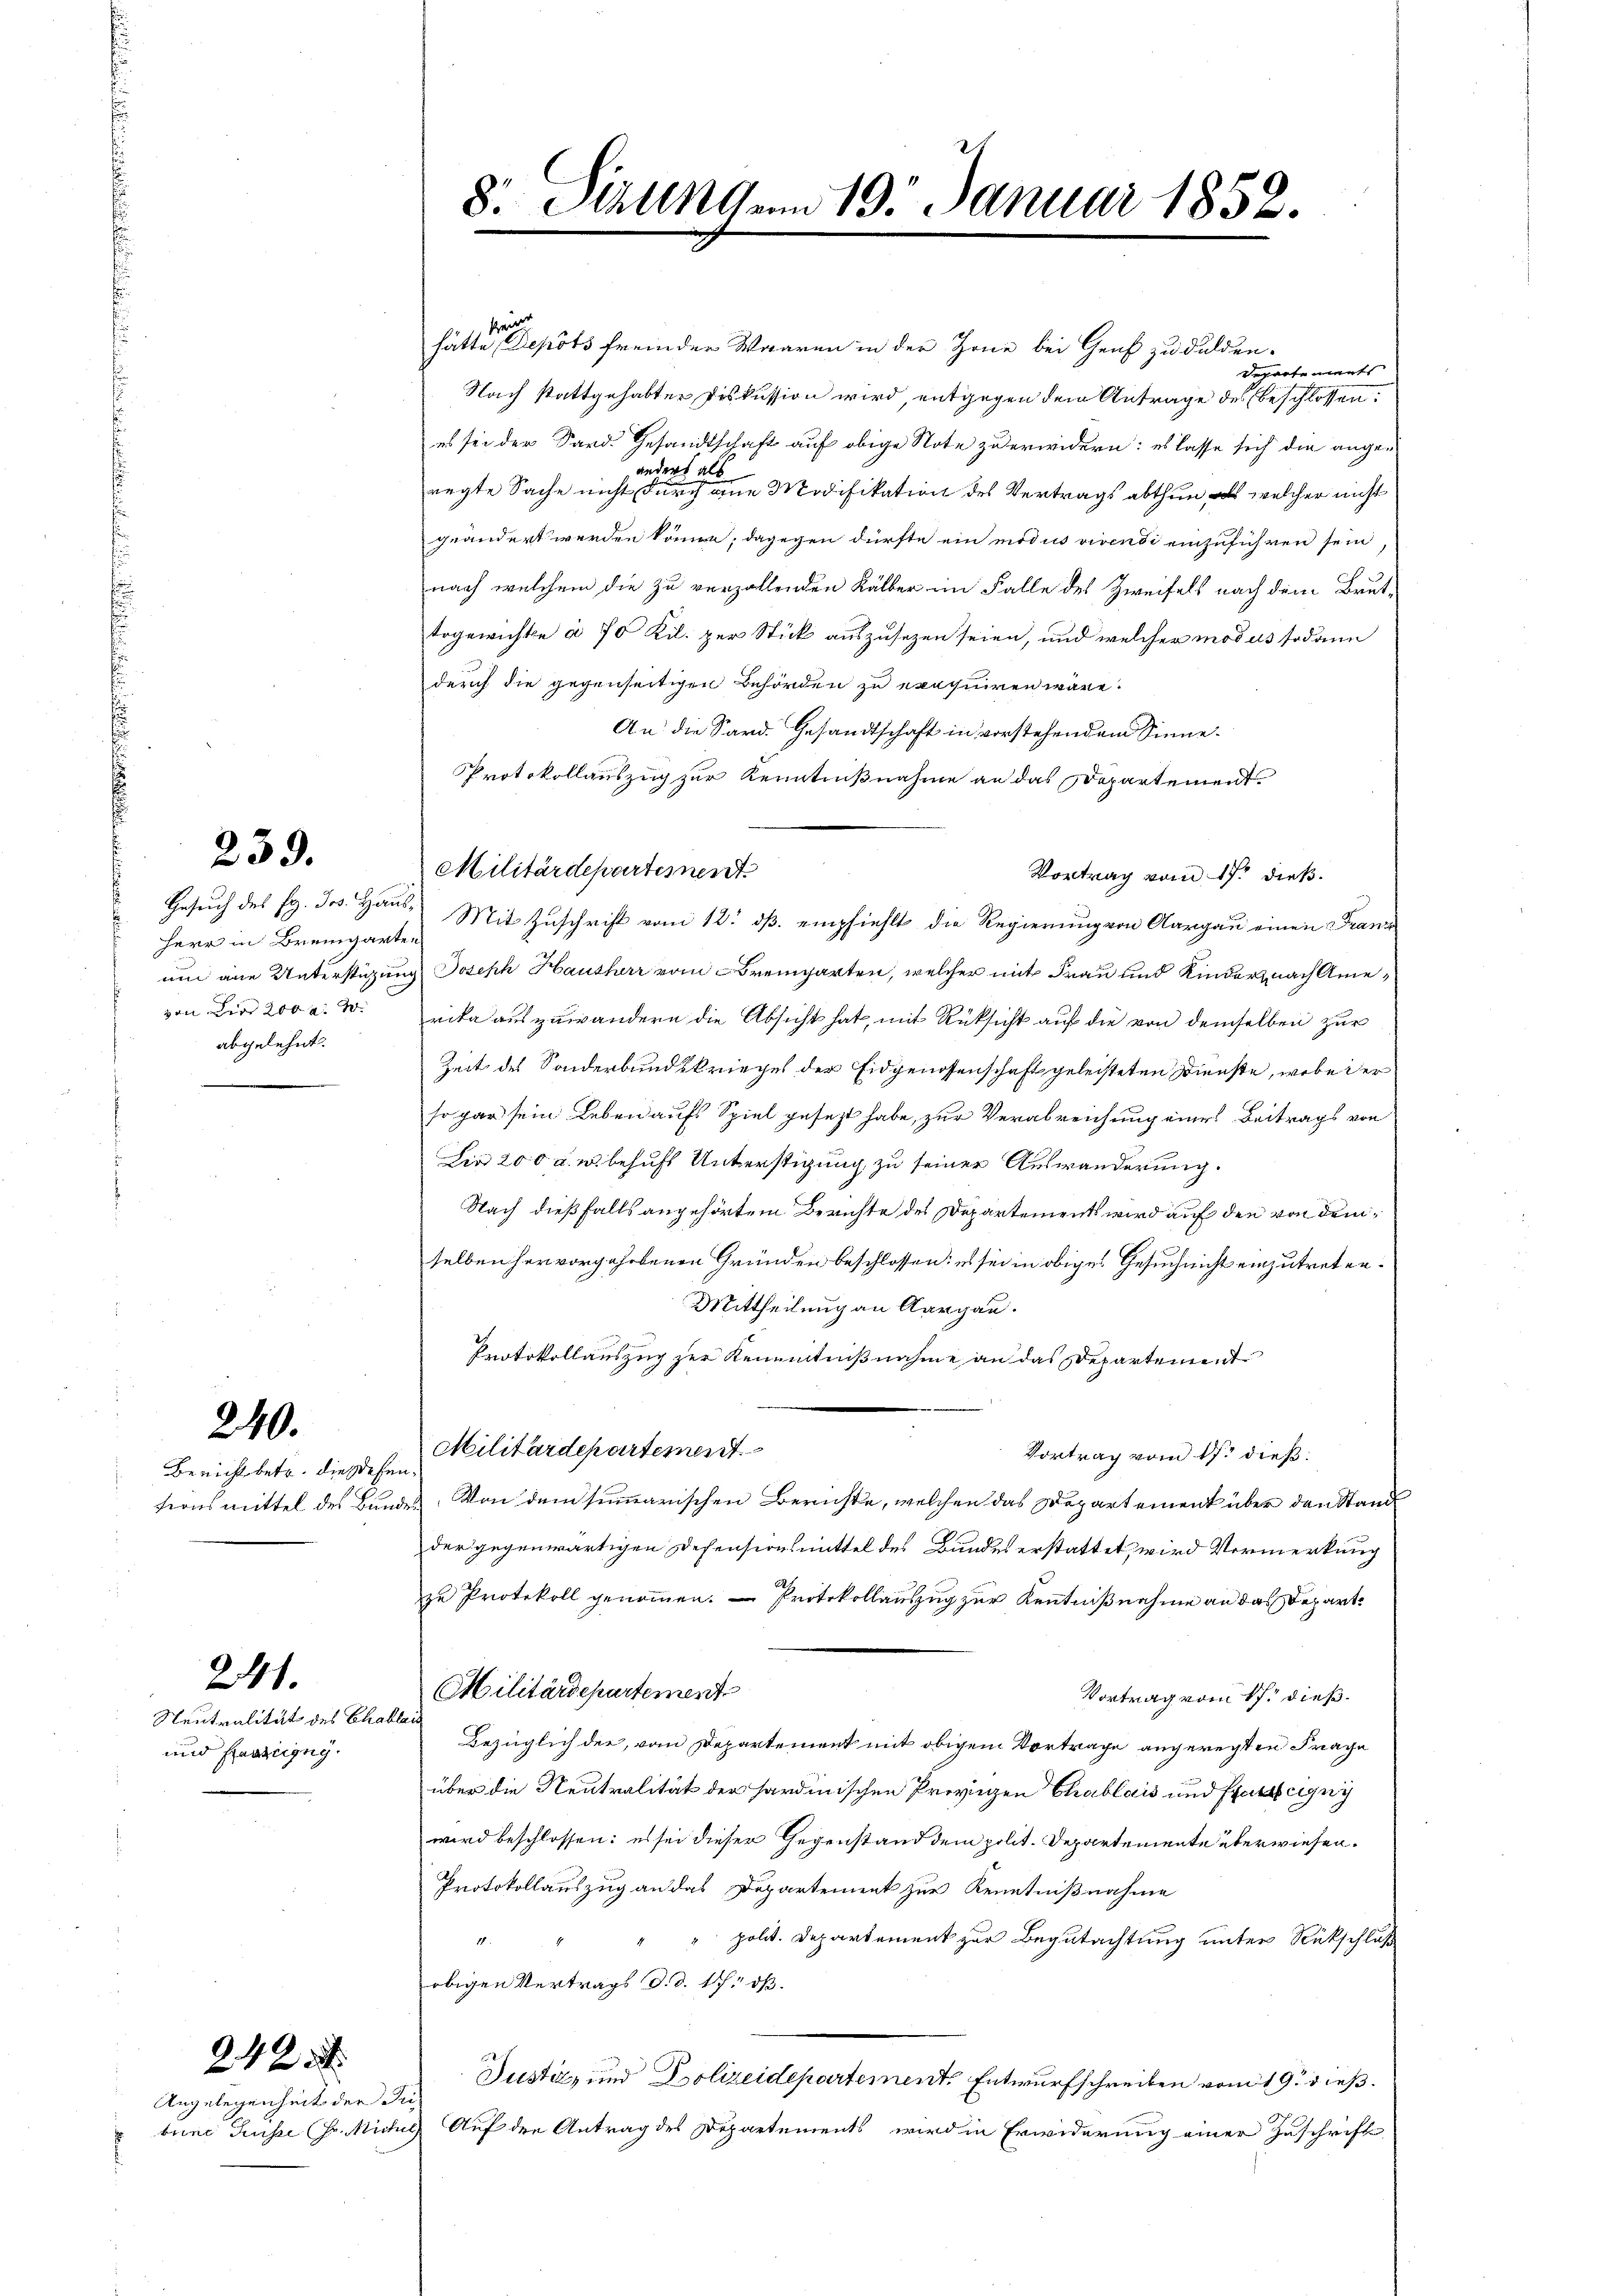
259.

Herr in Bremgarten
von die 200 a. W.
abgelehnt.

240.

Bericht betr. die stehen.

Neutralität des Chablais
und Haarigny

241.

Angelegenheit der Pri¬

242 x

krei
hätte, Depots fremder Waaren in der Zone bei Genf zu dulden.
Separtements
Nach stattgehabter Diskussion wird, entgegen dem Antrage des beschlossen,
es sei der Sard. Gesandtschaft auf obige Note zu erwidern: es lasse sich die angeregte Sache nicht eine einer eine Modifikation des Vertrags abthun, als welcher nicht
geändert werden könne; dagegen dürfte ein modus vivendi einzuführen sein
nach welchem die zu verzallenden Kälber im Falle des Zweifels nach dem Bruttogewichte à 70 Kil. per Stick auszusezen seien, und welcher modus sodann
durch die gegenseitigen Behörden zu exequiren wäre.
An die Sard. Gesandtschaft in vorstehendem Sinne¬
Protokollauszug zur Kenntnißnahme an das Departement.
Militärdepartement
Vortrag vom 17ten dieß.
Gesuch des P. Jos. Haus Mit Zuschrift vom 12. ds. empfiehlt, die Regierung von Aargau einen Franz
um eine Unterstüzung Joseph Hausherr vom Bremgarten, welcher mit Frau und Kinder nach Amerika auszuwändern die Absicht hat, mit Rüksicht auf die von demselben zur
Zeit des Sonderbundskriegel der Eidgenossenschaft geleisteten Dienste, wobei er
so gar sein Leben aufs Spiel gesezt habe, zur Verabreichung eines Beitrags von
Die 200 a. u. behufs Unterstigung zu seiner Auswanderung.
Nach dießfalls angehörtem Berichte des Departements wird auf den von demselben hervorgehobenen Gründen beschlossen: es sei in obiges Gesuch nicht einzutreten.
Mittheilung an Aargau.
Protokollauszug zur Kenntnißnahme an das Departement
Militärdepartement
Vortrag vom 1sten dieß:
tionsmittel des Bundes. Von dem summarischen Berichte, welchen das Departement über den Stand
der gegenwärtigen Desensionsmittel des Bundes erstattet, wird Vormerkung
zu Protokoll genommen. — Protokollauszug zur Kenntnißnahme an das Depart¬
Militärdepartement
Vortrag vom 17. dieß.
Bezüglich der, vom Departement mit obigem Vortrage angeregten Frage
über die Neutralität der sardinischen Provinzen Chablais und Parigny
wird beschlossen: es sei dieser Gegenstand dem polit. Departemente überwiesen.
Protokollauszug an das Departement zur Kenntnißnahme
" polit. Departement zur Begutachtung unter Rückschluß
1
obigen Vertrags d. d. 17. ds.
Justiz- und Polizeidepartement. Entwurfschreiben vom 19. dieß.
bene Grüsse Hr. Miches Auf den Antrag des Departements wird in Erwiderung einer Zuschrifte

8. Sirungen 19. Januar 1852.